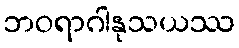
ဘဝရာဂါနုသယဿ